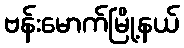
ဗန်းမောက်မြို့နယ်